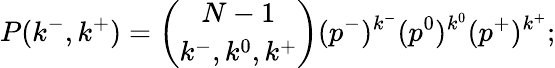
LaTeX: P(k^{-},k^{+})=\binom{N-1}{k^{-},k^{0},k^{+}}(p^{-})^{k^{-}}(p^{0})^{k^{0}}(p^{+})^{k^{+}};